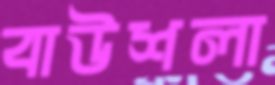
বাউশলা